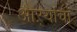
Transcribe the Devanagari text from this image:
आऱ्यांचा